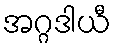
အဂ္ဂဒါယီ